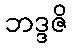
ဘဒ္ဒဇိ